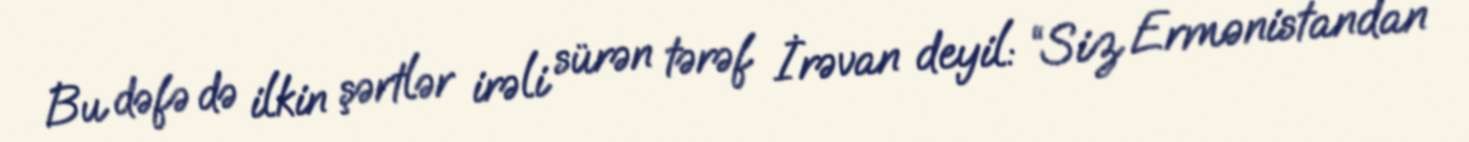
Bu dəfə də ilkin şərtlər irəli sürən tərəf İrəvan deyil: “Siz Ermənistandan